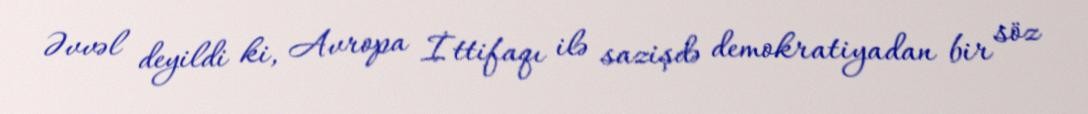
Əvvəl deyildi ki, Avropa İttifaqı ilə sazişdə demokratiyadan bir söz